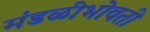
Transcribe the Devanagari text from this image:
मंडळीभोवती